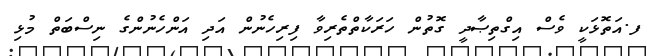
ފ.އަތޮޅަކީ ވެސް އިގްތިޞާދީ ގޮތުން ހަރަކާތްތެރިވާ ފިރިހެނުން އަދި އަންހެނުންގެ ނިސްބަތް މުޅި